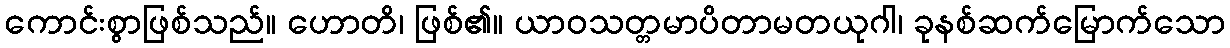
ကောင်းစွာဖြစ်သည်။ ဟောတိ၊ ဖြစ်၏။ ယာဝသတ္တမာပိတာမတယုဂါ၊ ခုနစ်ဆက်မြောက်သော